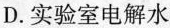
D.实验室电解水